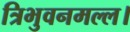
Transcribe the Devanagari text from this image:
त्रिभुवनमल्ल।